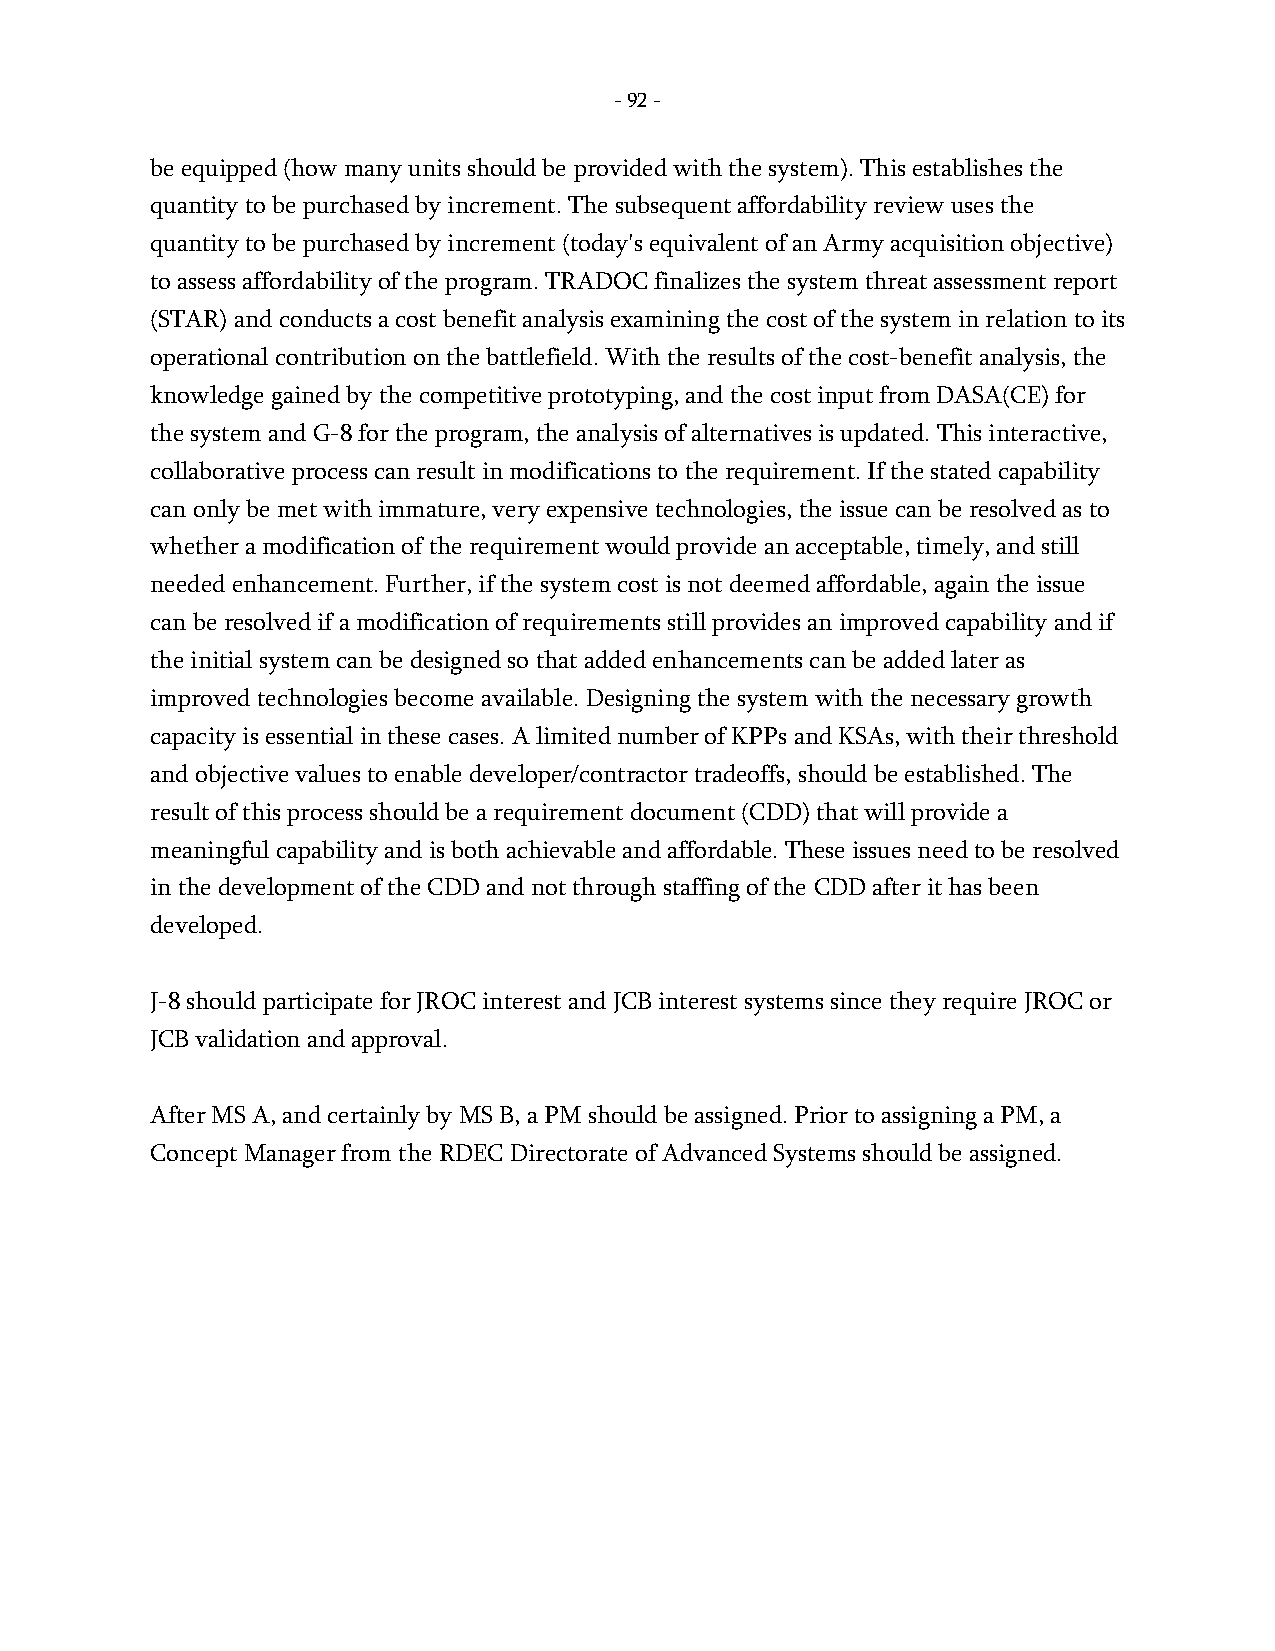
- 92 -
 be equipped (how many units should be provided with the system). This establishes the
 quantity to be purchased by increment. The subsequent affordability review uses the
 quantity to be purchased by increment (today's equivalent of an Army acquisition objective)
 to assess affordability of the program. TRADOC finalizes the system threat assessment report
 (STAR) and conducts a cost benefit analysis examining the cost of the system in relation to its
 operational contribution on the battlefield. With the results of the cost-benefit analysis, the
 knowledge gained by the competitive prototyping, and the cost input from DASA(CE) for
 the system and G-8 for the program, the analysis of alternatives is updated. This interactive,
 collaborative process can result in modifications to the requirement. If the stated capability
 can only be met with immature, very expensive technologies, the issue can be resolved as to
 whether a modification of the requirement would provide an acceptable, timely, and still
 needed enhancement. Further, if the system cost is not deemed affordable, again the issue
 can be resolved if a modification of requirements still provides an improved capability and if
 the initial system can be designed so that added enhancements can be added later as
 improved technologies become available. Designing the system with the necessary growth
 capacity is essential in these cases. A limited number of KPPs and KSAs, with their threshold
 and objective values to enable developer/contractor tradeoffs, should be established. The
 result of this process should be a requirement document (CDD) that will provide a
 meaningful capability and is both achievable and affordable. These issues need to be resolved
 in the development of the CDD and not through staffing of the CDD after it has been
 developed.
 J-8 should participate for JROC interest and JCB interest systems since they require JROC or
 JCB validation and approval.
 After MS A, and certainly by MS B, a PM should be assigned. Prior to assigning a PM, a
 Concept Manager from the RDEC Directorate of Advanced Systems should be assigned.
 -
 92
 -